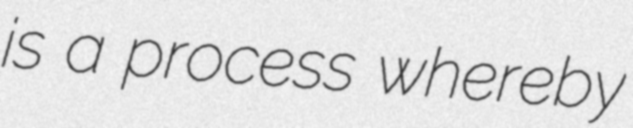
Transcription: is a process whereby